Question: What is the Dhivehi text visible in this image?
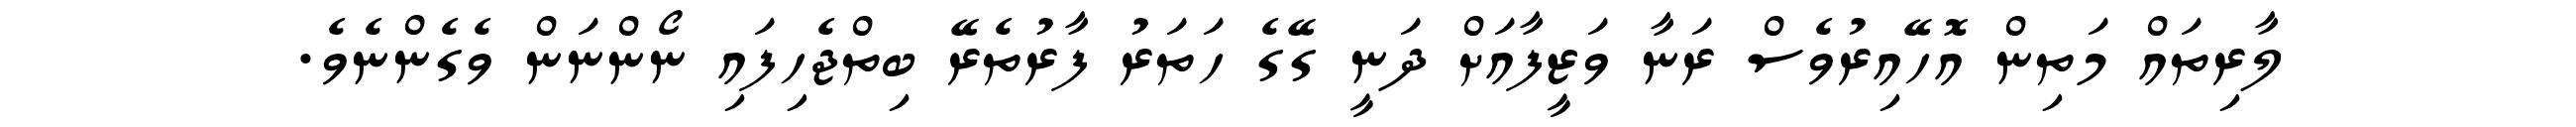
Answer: ލާރިތައް މަތިން އޮހޭއިރުވެސް ރަނާ ވަޒީފާއަށް ދަނީ ގޭގެ ހަތަރު ފާރުތެރޭ ބިތްޖެހިފައި ނޯންނަން ވެގެންނެވެ.